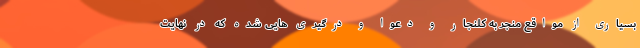
بسیاری از مواقع منجر به کلنجار و دعوا و درگیری هایی شده که در نهایت